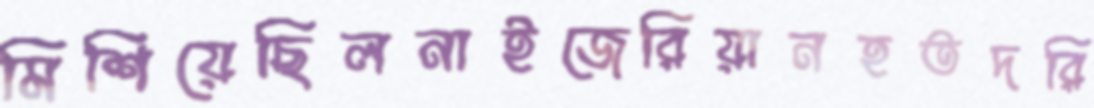
মিশিয়েছিলনাইজেরিয়ানহতদরি